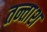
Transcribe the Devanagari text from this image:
तन्ताश